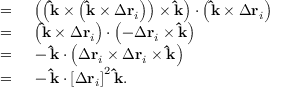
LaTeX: \begin{array} { r l } { = { } } & { { } \left( \left( \mathbf { \hat { k } } \times \left( \mathbf { \hat { k } } \times \Delta \mathbf { r } _ { i } \right) \right) \times \mathbf { \hat { k } } \right) \cdot \left( \mathbf { \hat { k } } \times \Delta \mathbf { r } _ { i } \right) } \\ { = { } } & { { } \left( \mathbf { \hat { k } } \times \Delta \mathbf { r } _ { i } \right) \cdot \left( - \Delta \mathbf { r } _ { i } \times \mathbf { \hat { k } } \right) } \\ { = { } } & { { } - \mathbf { \hat { k } } \cdot \left( \Delta \mathbf { r } _ { i } \times \Delta \mathbf { r } _ { i } \times \mathbf { \hat { k } } \right) } \\ { = { } } & { { } - \mathbf { \hat { k } } \cdot \left[ \Delta \mathbf { r } _ { i } \right] ^ { 2 } \mathbf { \hat { k } } . } \end{array}